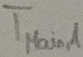
Text: TMAIN,1